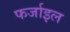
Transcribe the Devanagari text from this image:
फर्जाइल